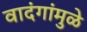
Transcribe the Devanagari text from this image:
वादंगांमुळे